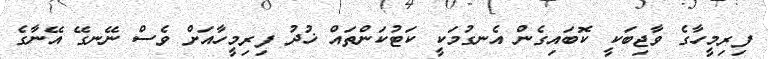
ފިރިމީހާގެ ވާޖިބަކީ ކޮބައިގެން އެނގުމަކީ ކަޓުކަންތައް ޚުދު ފިރިމީހާއަށް ވެސް ނޭނގޭ އޭނާގެ